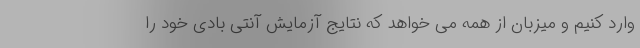
وارد كنیم و میزبان از همه می خواهد كه نتایج آزمایش آنتی بادی خود را